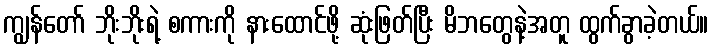
ကျွန်တော် ဘိုးဘိုးရဲ့ စကားကို နားထောင်ဖို့ ဆုံးဖြတ်ပြီး မိဘတွေနဲ့အတူ ထွက်ခွာခဲ့တယ်။